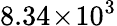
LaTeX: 8.34\! \times\! 10^{3}